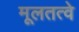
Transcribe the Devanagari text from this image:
मूलतत्वे